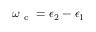
\omega _ { \mathrm { ~ c ~ } } = \epsilon _ { 2 } - \epsilon _ { 1 }